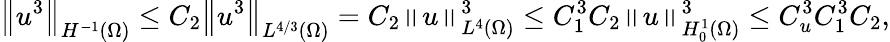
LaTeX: \left\Vert u^{3}\right\Vert_{H^{-1}(\Omega)}\leq C_{2}\left\Vert u^{3}\right\Vert_{L^{4/3}(\Omega)}=C_{2}\left\Vert u\right\Vert_{L^{4}(\Omega)}^{3}\leq C_{1}^{3}C_{2}\left\Vert u\right\Vert_{H_{0}^{1}(\Omega)}^{3}\leq C_{u}^{3}C_{1}^{3}C_{2},